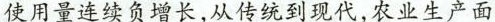
使用量连续负增长，从传统到现代，农业生产面